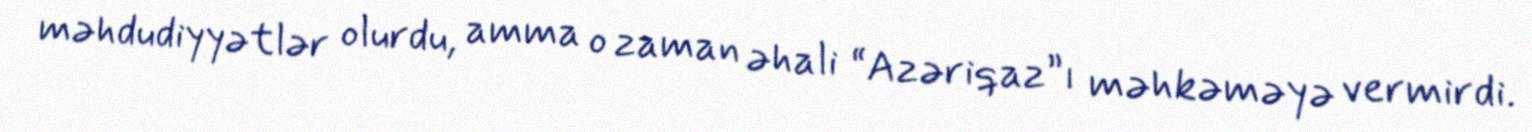
məhdudiyyətlər olurdu, amma o zaman əhali “Azəriqaz”ı məhkəməyə vermirdi.